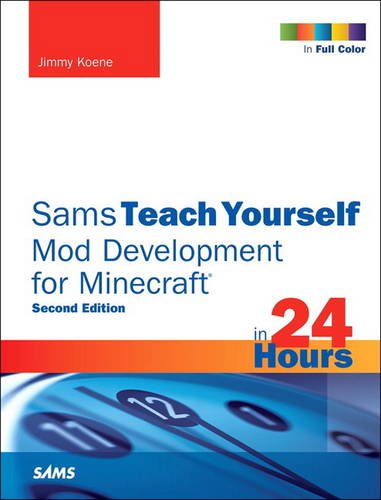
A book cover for Sams Teach Yourself Mod Development for Minecraft in 24 Hours (2nd Edition); Jimmy Koene; Humor & Entertainment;